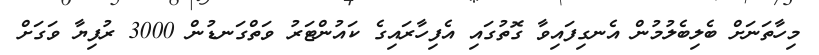
މިހާތަނަށް ބެލިބެލުމުން އެނގިފައިވާ ގޮތުގައި އެފިހާރައިގެ ކައުންޓަރު ވަތްގަނޑުން 3000 ރުފިޔާ ވަގަށް